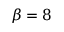
\beta = 8